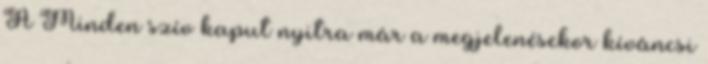
A Minden szív kaput nyitra már a megjelenésekor kíváncsi